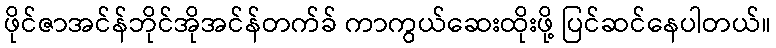
ဖိုင်ဇာအင်န်ဘိုင်အိုအင်န်တက်ခ် ကာကွယ်ဆေးထိုးဖို့ ပြင်ဆင်နေပါတယ်။